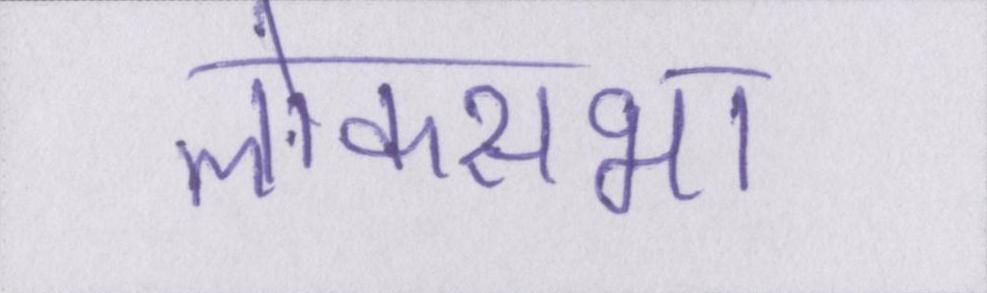
लोकसभा